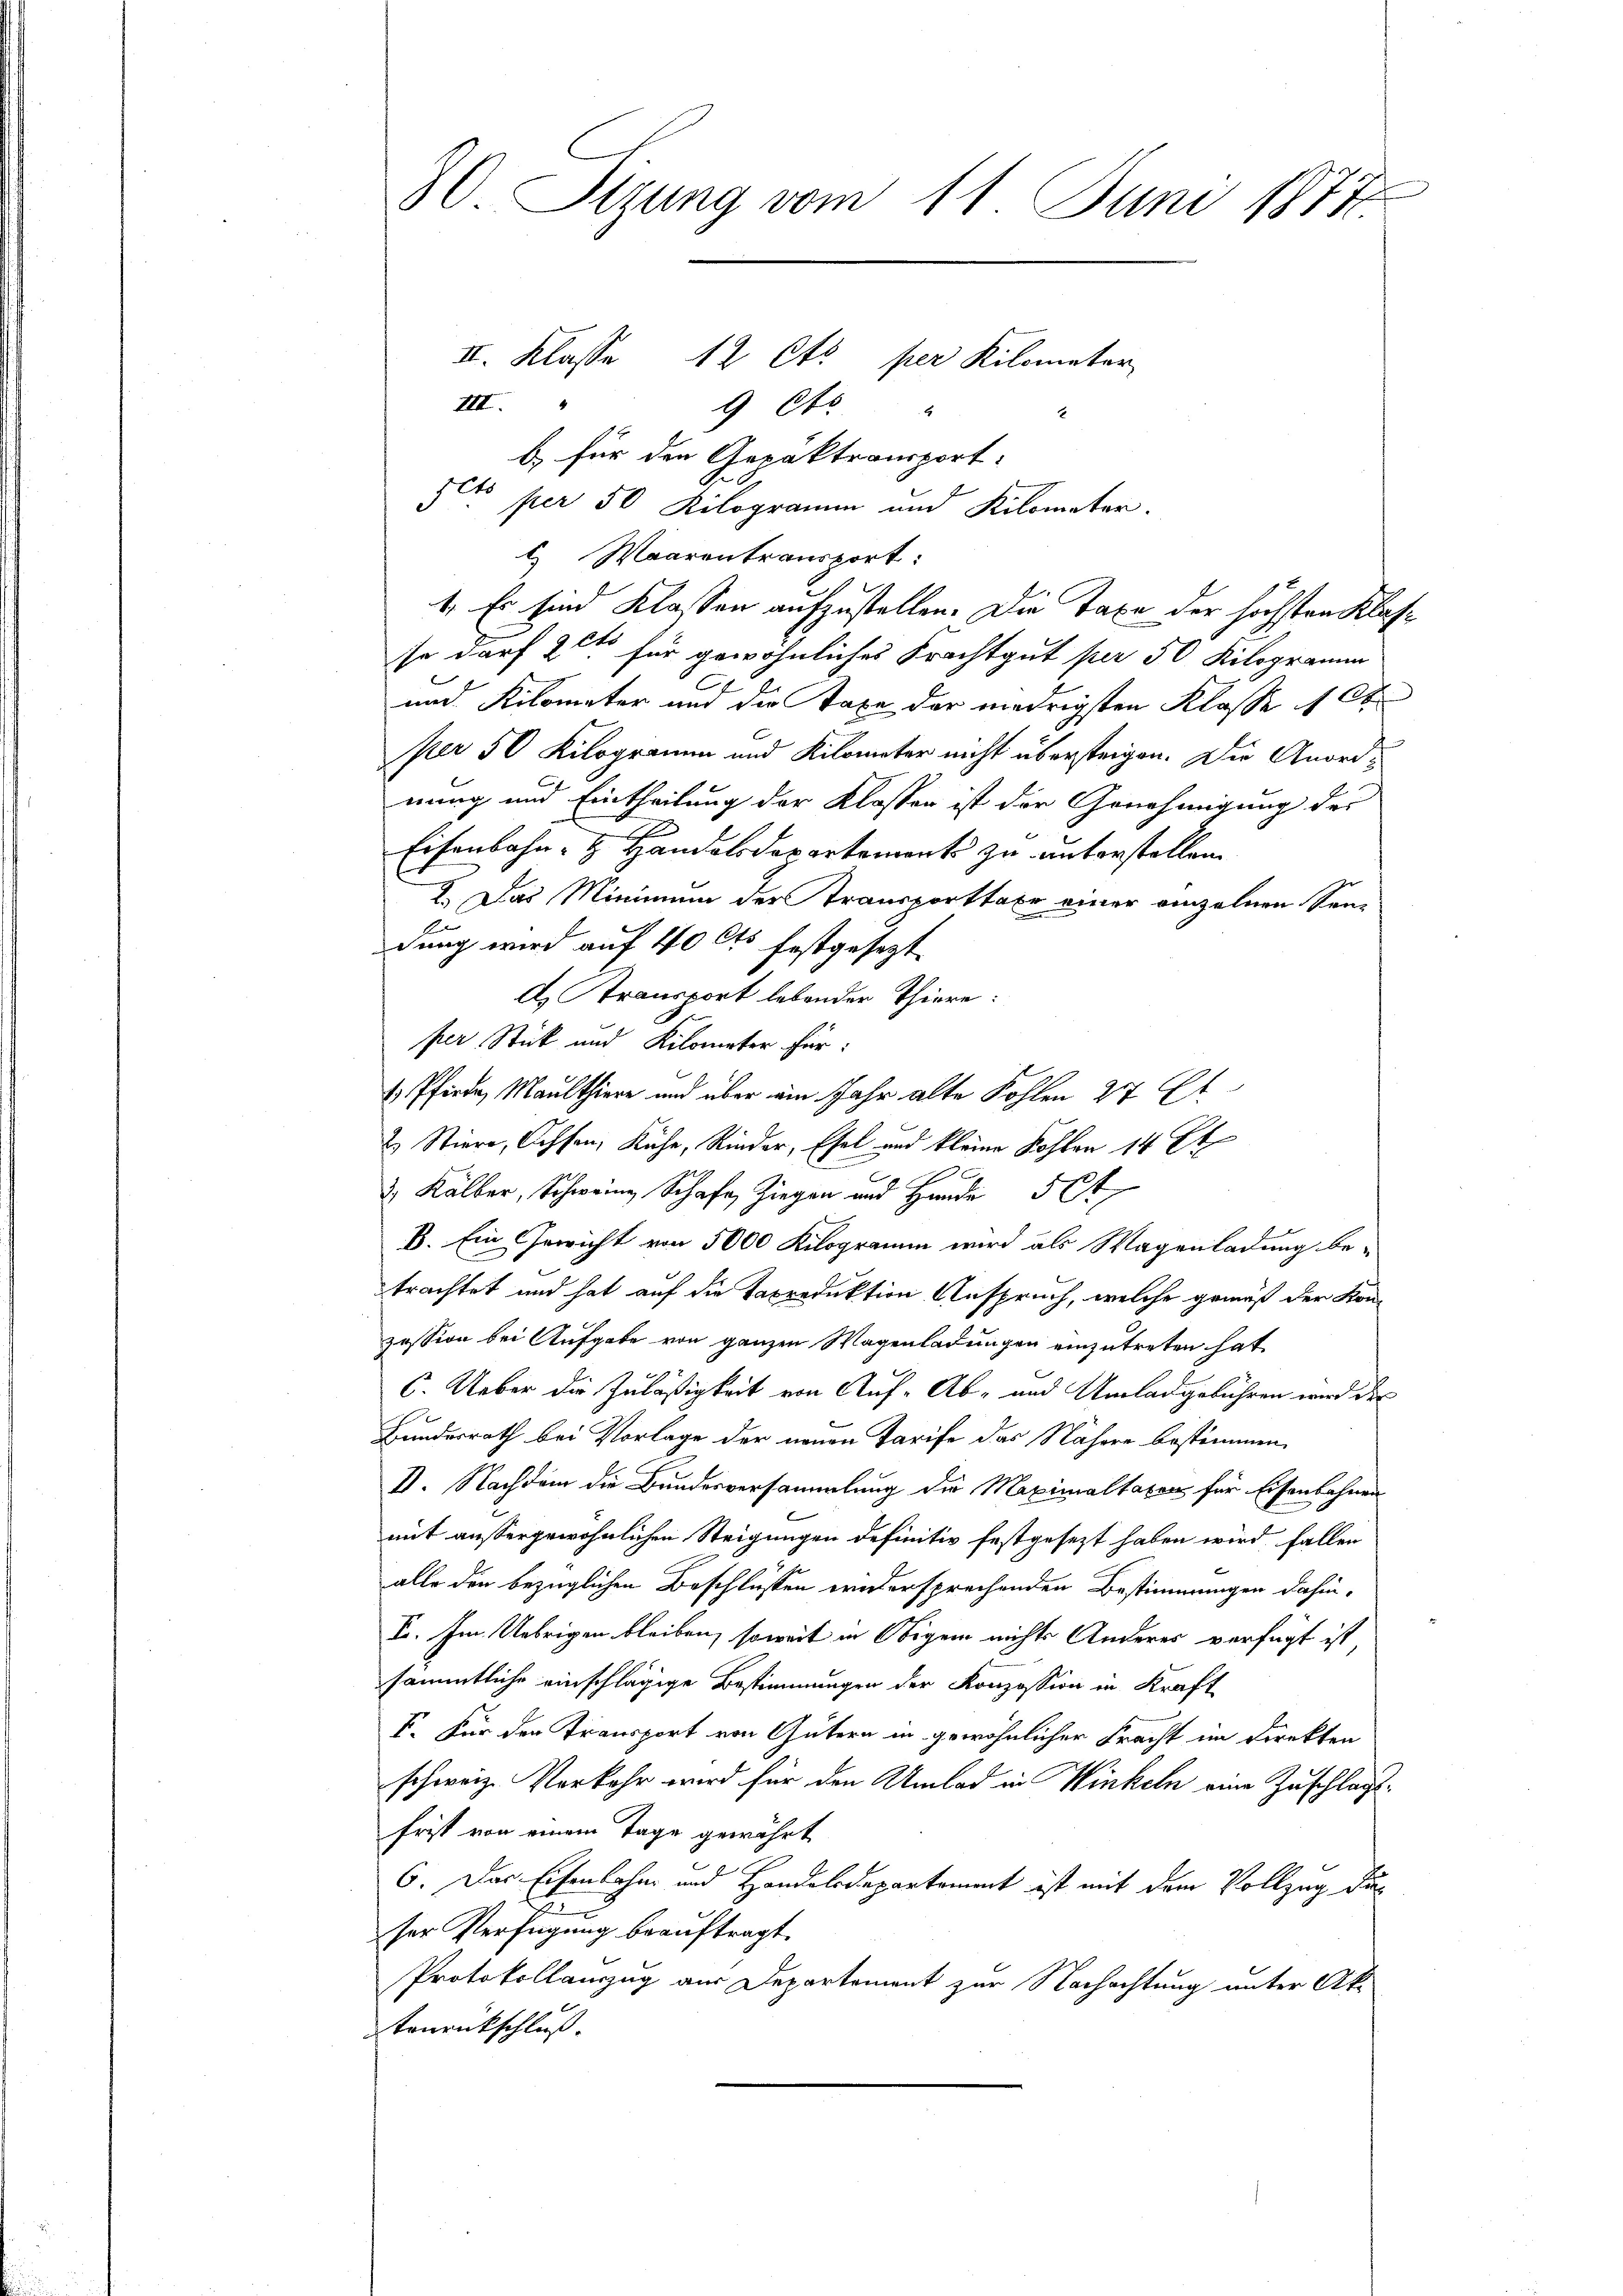
30. Sizung vom 11. Juni 1877
II. Klasse 12 Cts. per Kilometer
III
9 dto "

b) für den Gepaktransport.
.
3. per 50 Kilogramm und Kilometer.
l. Waarentransport:
1. Es sind Klassen aufzustellen. Die Taxe der höchsten Klasso darf 2 et für gewöhnliches Frachtgut per 50 Kilogramm
b
und Kilometer und die Taxe der niedrigsten Klasse 10t
per 50 Kilogramm und Kilometer nicht übersteigen. Die Anordnung und Eintheilung der Klasser ist der Genehmigung des
Eisenbahn- & Handelsdepartement zu unterstellen
2. Das Minimum der Transporttaxe einer einzelnen Sendung wird auf 40 Cts festgesezt.
d. Transport lebender Thiere:
per Stück und Kilometer für:
1 Pferde, Maulthiere und über ain Jahr alte Kohlen 27 Et
2 Stiere, Ochsen, Kähe, Rinder, Esel und kleine Kohlen 14 Et
i
c
 Kälber, Schweine Schaf Ziegen und Hande 50f
B. Ein Gewicht von 5000 Kilogramm wird als Wagenladung be-
trachtet und hat auf die Taxreduktion Anspruch, welche gemäß der Kon-
zession bei Aufgabe von ganzen Wagenladungen einzutreten hat,
1
C. Ueber die Zuläßigkeit von Auf-Ab- und Umladgebühren wird des
Hundesrath bei Vorlage der neuen Tarife das Nähere bestimmen,
I. Nachdem die Bundesversammlung die Maximaltaxen für Eisenbahnen
mit aussergewöhnlichen Steigungen definitiv festgesezt haben wird, fallen
alle den bezüglichen Beschlüssen ernersprechenden Bestimmungen dahin,
I. Im Uebrigen bleiben, soweit in Obigen nichts Anderes verfügt ist
sämmtliche einschlägige Bestimmungen der Konzession in Kraft
V. Für den Transport von Gütern in gewöhnlicher Fracht im Direkten
schweiz. Vorkehr wird für den Umlad in Winkeln eine Zuschläg
Frist von einem Tage gewährt
6. Das Eisenbahn und Handelsdepartement ist mit dem Vollzug dur
ser Verfügung beauftragt.
Protokollauszug aus Departement zur Nachachtung unter Ak-
tenrückschluß.